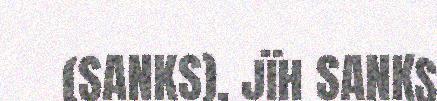
(SANKS), jïh SANKS